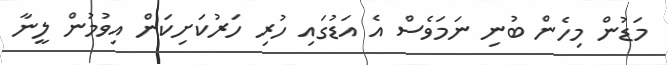
މަޑުން މިހެން ބުނި ނަމަވެސް އެ އަޑުގައި ހުރި ހަރުކަށިކަން އިވުމުން ލީނާ